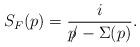
LaTeX: \begin{align*}S_F(p)=\frac{i}{p{\kern -4.5pt /}-\Sigma(p)}.\end{align*}